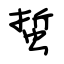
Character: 蜇